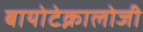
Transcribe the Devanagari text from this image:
बायोटेक्नालोजी